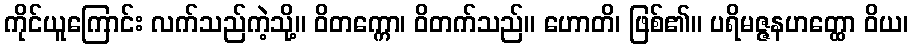
ကိုင်ယူကြောင်း လက်သည်ကဲ့သို့။ ဝိတက္ကော၊ ဝိတက်သည်။ ဟောတိ၊ ဖြစ်၏။ ပရိမဇ္ဇနဟတ္ထော ဝိယ၊